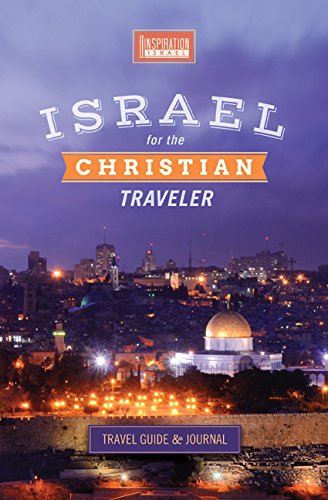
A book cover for Israel for the Christian Traveler (Full-color Travel Guide, Journal and separate LAP MAP; Hardback and PRIME ELIGIBLE); Joan Peace (Inspiration Israel); Travel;